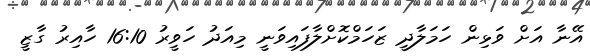
އޭނާ އަށް ވަޅިން ހަމަލާދީ ޒަހަމްކޮށްލާފައިވަނީ މިއަދު ހަވީރު 16:10 ހާއިރު ގާޒީ